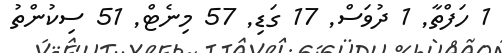
1 ހަފްތާ